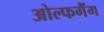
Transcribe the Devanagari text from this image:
ओल्फगैंग